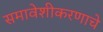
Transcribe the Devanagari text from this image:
समावेशीकरणाचे